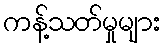
ကန့်သတ်မှုများ